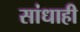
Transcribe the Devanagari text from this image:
सांधाही